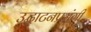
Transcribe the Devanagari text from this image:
उद्घाटनप्रसंगी